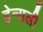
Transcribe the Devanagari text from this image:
हेन्सली